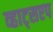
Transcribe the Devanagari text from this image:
व्हाट्सएप